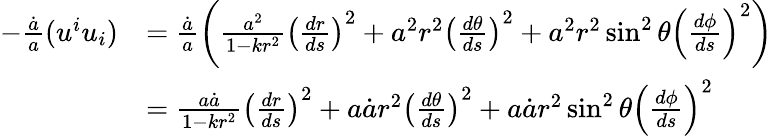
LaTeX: \begin{array}{rl}{-\frac{\dot{a}}{a}(u^{i}u_{i})}&{=\frac{\dot{a}}{a}\left(\frac{a^{2}}{1-kr^{2}}\left(\frac{dr}{ds}\right)^{2}+a^{2}r^{2}\left(\frac{d\theta}{ds}\right)^{2}+a^{2}r^{2}\sin^{2}\theta\left(\frac{d\phi}{ds}\right)^{2}\right)}\\ &{=\frac{a\dot{a}}{1-kr^{2}}\left(\frac{dr}{ds}\right)^{2}+a\dot{a}r^{2}\left(\frac{d\theta}{ds}\right)^{2}+a\dot{a}r^{2}\sin^{2}\theta\left(\frac{d\phi}{ds}\right)^{2}}\end{array}